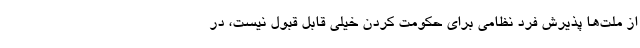
از ملت‌ها پذیرش فرد نظامی برای حکومت کردن خیلی قابل قبول نیست، در